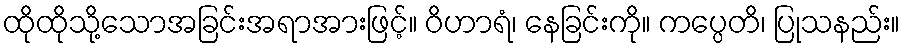
ထိုထိုသို့သောအခြင်းအရာအားဖြင့်။ ဝိဟာရံ၊ နေခြင်းကို။ ကပ္ပေတိ၊ ပြုသနည်း။